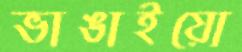
ভাঙাইয়ো